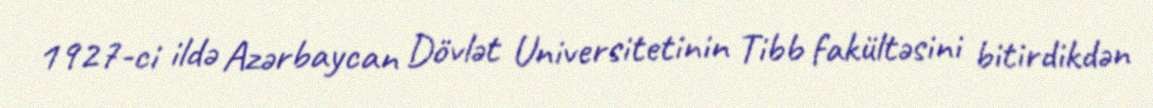
1927-ci ildə Azərbaycan Dövlət Universitetinin Tibb fakültəsini bitirdikdən